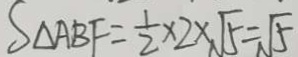
S _ { \Delta A B F } = \frac { 1 } { 2 } \times 2 \times \sqrt { 5 } = \sqrt { 5 }